Problem: 47 + 30 = ?
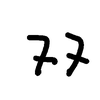
Handwritten answer: 77